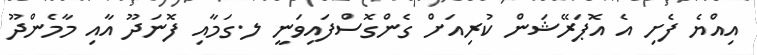
އިއްޔެ ފެށި އެ އޮޕަރޭޝަން ކުރިއަށް ގެންގޮސްފައިވަނީ ލ.ގަމާއި ފޮނަދޫ އާއި މާމެންދޫ